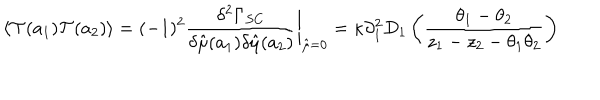
LaTeX: \langle { \cal T } ( a _ { 1 } ) { \cal T } ( a _ { 2 } ) \rangle = ( - 1 ) ^ { 2 } { \frac { \delta ^ { 2 } \Gamma _ { S C } } { \delta \hat { \mu } ( a _ { 1 } ) \delta \hat { \mu } ( a _ { 2 } ) } } \bigg \vert _ { \hat { \mu } = 0 } = \kappa \partial _ { 1 } ^ { 2 } D _ { 1 } \left( { \frac { \theta _ { 1 } - \theta _ { 2 } } { z _ { 1 } - z _ { 2 } - \theta _ { 1 } \theta _ { 2 } } } \right)